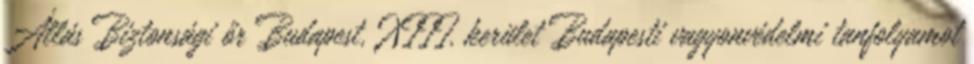
Állás Biztonsági őr Budapest, XIII. kerület Budapesti vagyonvédelmi tanfolyamot